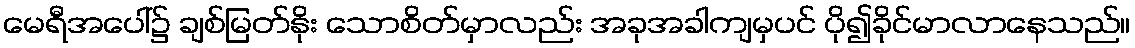
မေရီအပေါ်၌ ချစ်မြတ်နိုး သောစိတ်မှာလည်း အခုအခါကျမှပင် ပို၍ခိုင်မာလာနေသည်။